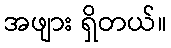
အဖျား ရှိတယ်။